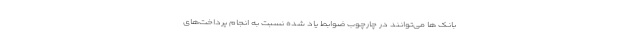
بانک ها می‌توانند در چارچوب ضوابط یاد شده نسبت به انجام پرداخت‌های